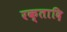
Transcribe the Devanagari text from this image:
रक्तादि